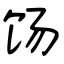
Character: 饧